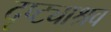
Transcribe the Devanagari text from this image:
दृष्ट्याश्रव